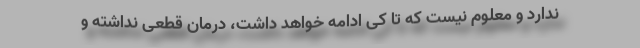
ندارد و معلوم نیست که تا کی ادامه خواهد داشت، درمان قطعی نداشته و